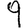
Digit: 9